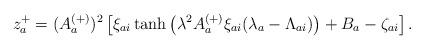
LaTeX: \begin{align*} z_a^+ = (A_a^{(+)})^2 \left[ \xi_{ai} \tanh \left( \lambda^2 A_a^{(+)} \xi_{ai} (\lambda_a - \Lambda_{ai}) \right) + B_a - \zeta_{ai} \right].\end{align*}